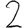
Digit: 2